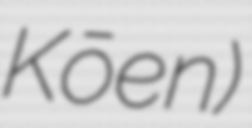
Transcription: Kōen)